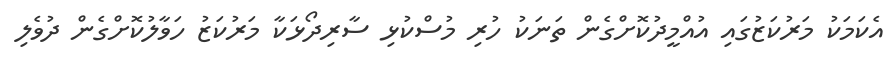
އެކަމަަކު މަރުކަޒުގައި އުއްމީދުކޮށްގެން ތަނަކު ހުރި މުސްކުޅި ސާރިދޯޅަކާ މަރުކަޒު ހަވާލުކޮށްގެން ދުވެލި